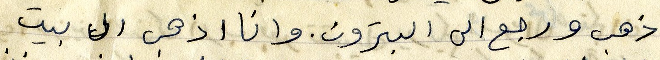
ذهب ورجع الى البترون. وانا اذهب الى بيت